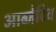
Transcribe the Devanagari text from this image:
आब्जेटिव